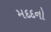
મદદનો